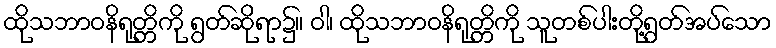
ထိုသဘာဝနိရုတ္တိကို ရွတ်ဆိုရာ၌။ ဝါ၊ ထိုသဘာဝနိရုတ္တိကို သူတစ်ပါးတို့ရွတ်အပ်သော